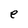
Character: e